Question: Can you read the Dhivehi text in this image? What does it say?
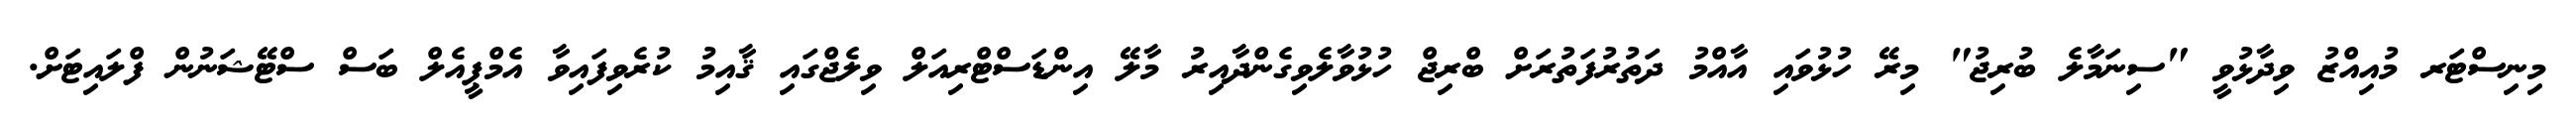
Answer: މިނިސްޓަރ މުއިއްޒު ވިދާޅުވީ "ސިނަމާލެ ބުރިޖު" މިރޭ ހުޅުވައި އާއްމު ދަތުރުފަތުރަށް ބްރިޖް ހުޅުވާލެވިގެންދާއިރު މާލޭ އިންޑަސްޓްރިއަލް ވިލެޖްގައި ޤާއިމު ކުރެވިފައިވާ އެމްޕީއެލް ބަސް ސްޓޭޝަނުން ފްލައިޓަށް.